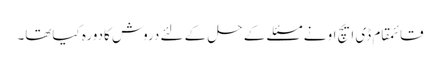
قائمقام ڈی ایچ او نے مسئلے کے حل کے لئے دروش کادورہ کیاتھا۔